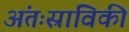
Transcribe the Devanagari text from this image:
अंतःस्राविकी